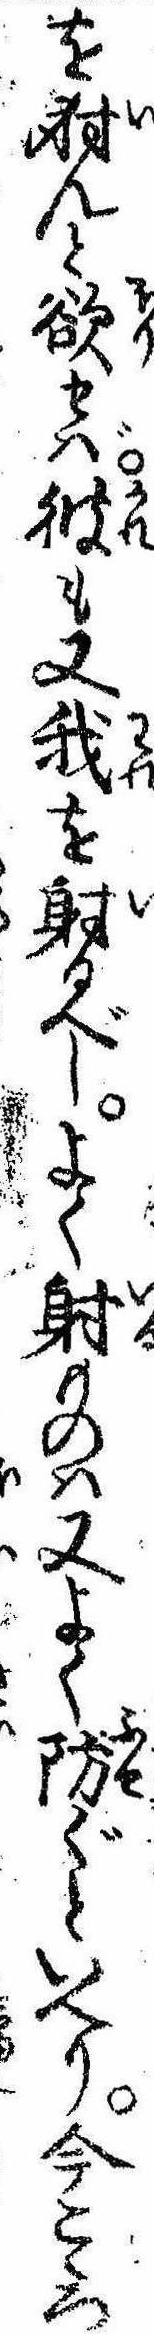
を射んと欲せば彼も又我を射るべしよく射ものは又よく防ぐといへり今こゝろ